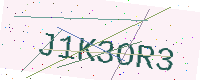
Text: J1K3OR3